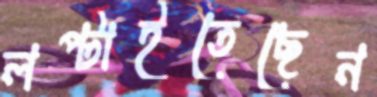
লপ্‌টাইতেছেন